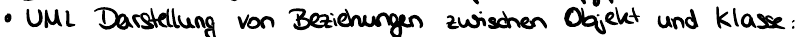
UML Darstellung von Beziehungen zwischen Objekt und Klasse: